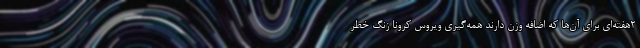
۲‌هفته‌ای برای آن‌ها که اضافه وزن دارند همه‌گیری ویروس کرونا زنگ خطر